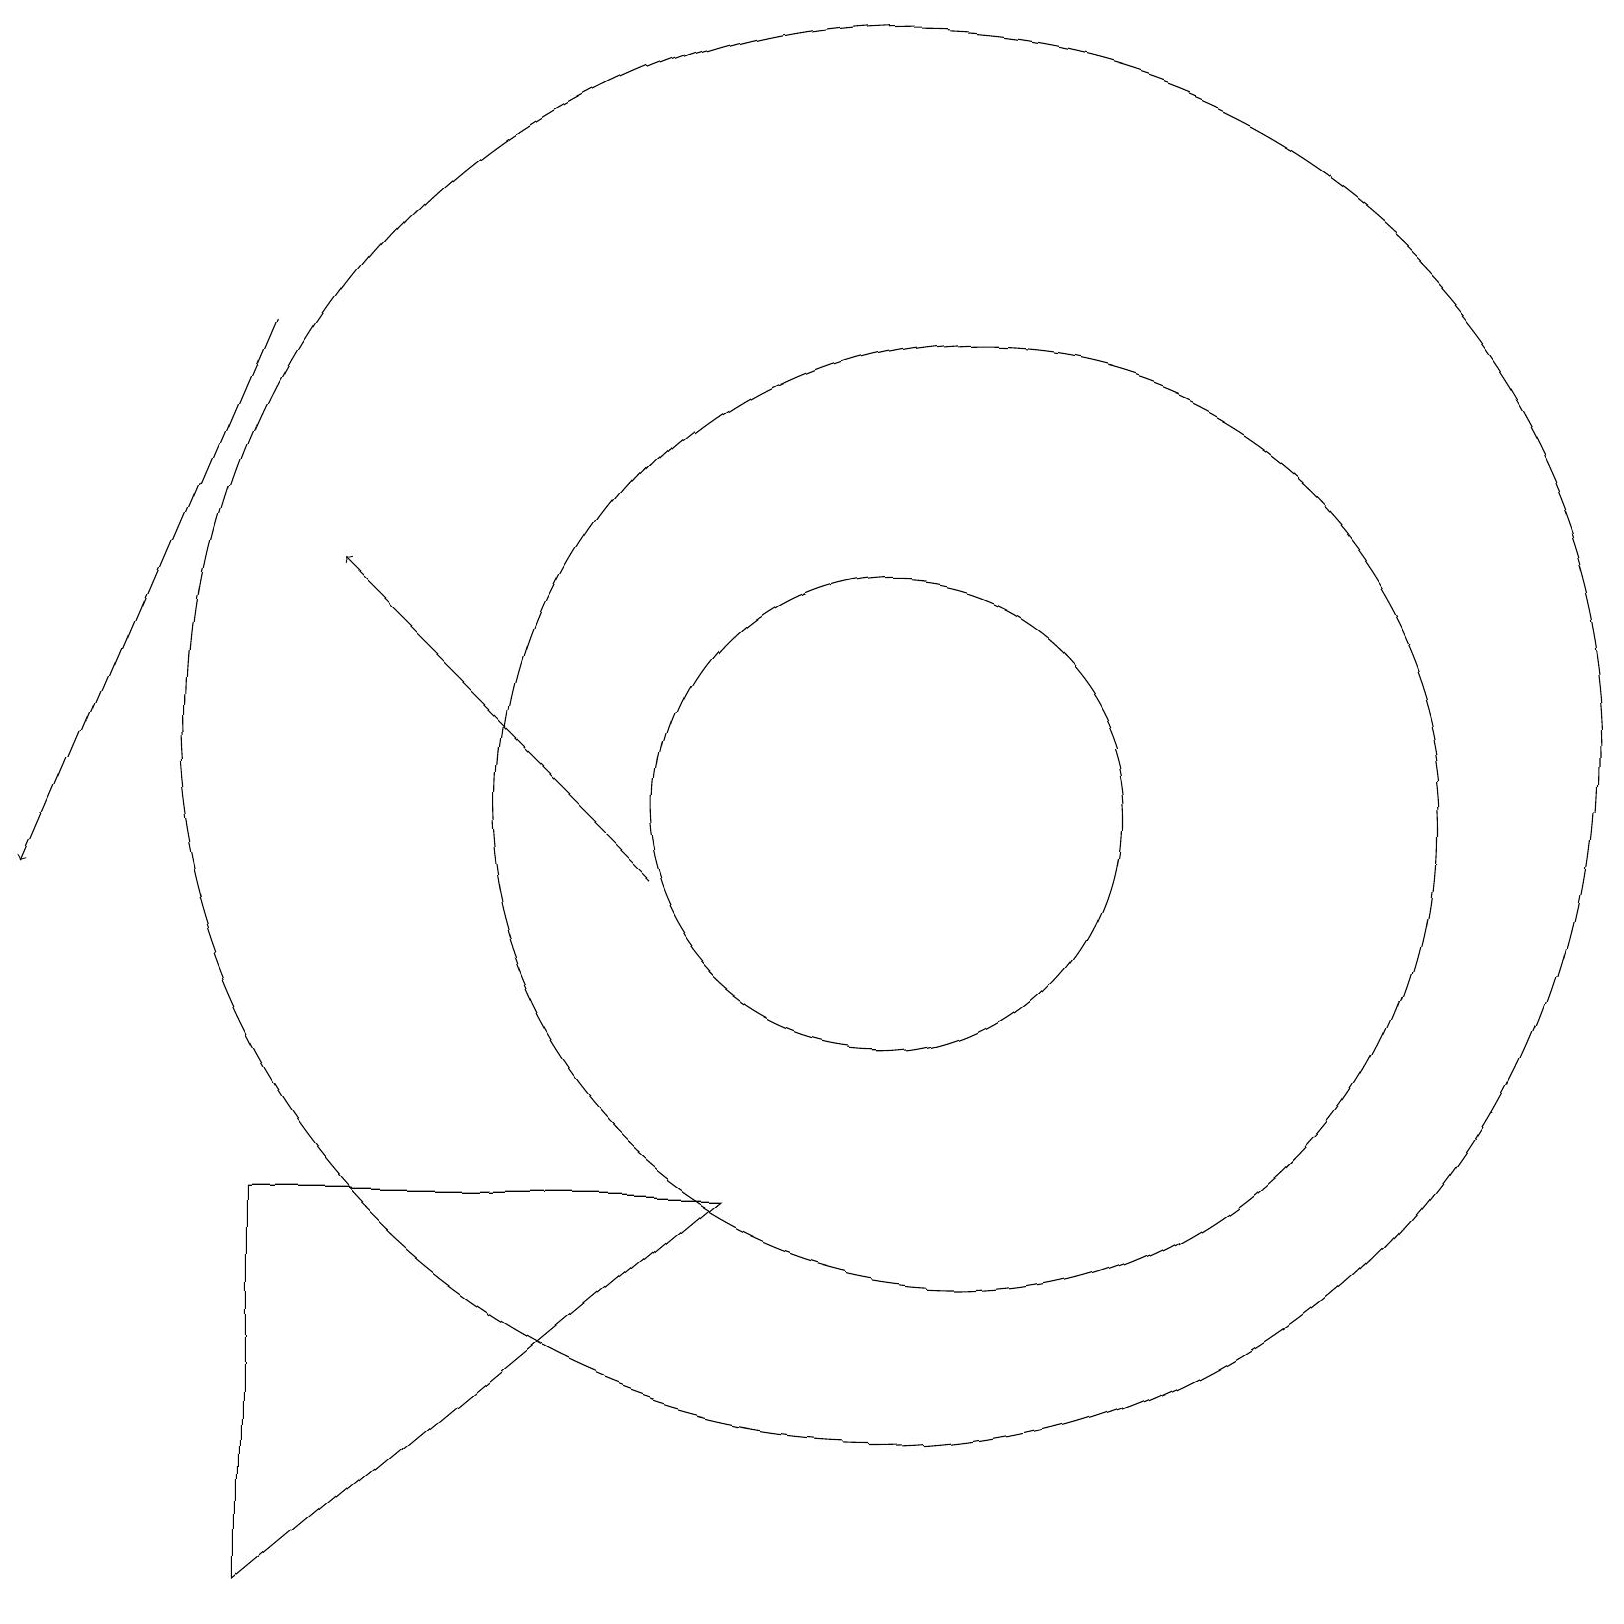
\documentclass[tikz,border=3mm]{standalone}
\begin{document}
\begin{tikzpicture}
\draw (11,11) circle (3);
\draw[->] (3,17) -- (0,10);
\draw[->] (8,10) -- (4,14);
\draw (3,1) -- (3,6) -- (9,6) -- cycle;
\draw (12,11) circle (6);
\draw (11,12) circle (9);
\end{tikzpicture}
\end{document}